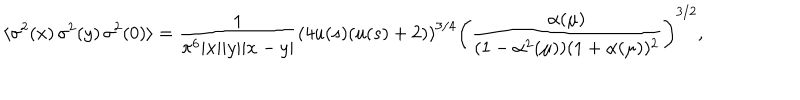
LaTeX: \langle \sigma ^ { 2 } ( x ) \, \sigma ^ { 2 } ( y ) \, \sigma ^ { 2 } ( 0 ) \rangle = { \frac { 1 } { \pi ^ { 6 } | x | | y | | x - y | } } \left( 4 u ( s ) ( u ( s ) + 2 ) \right) ^ { 3 / 4 } \left( { \frac { \alpha ( \mu ) } { ( 1 - \alpha ^ { 2 } ( \mu ) ) ( 1 + \alpha ( \mu ) ) ^ { 2 } } } \right) ^ { 3 / 2 } ,